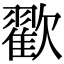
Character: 𣤩